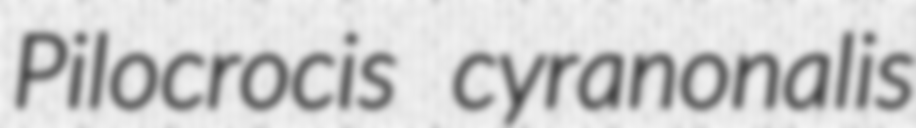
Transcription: Pilocrocis cyranonalis